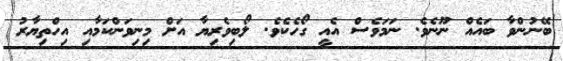
ބޭނުންވާ ބައެއް ނޫނެވެ. ނަމަވެސް އެއީ ގޯހެކެވެ. ލޯބިވެރިޔާ އަށް މިނިވަންކަމާއި އިހްތިޔާރު